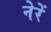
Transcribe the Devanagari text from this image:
नेरें